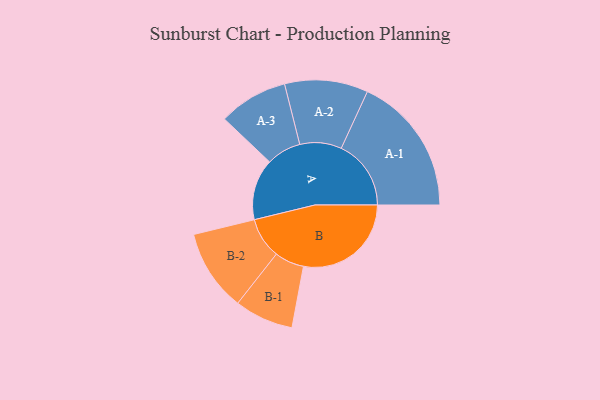
{"axis": {"x": "Segment", "y": "Value"}, "legend": ["", "A", "B"], "data": [{"x": "A", "y": 226, "type": ""}, {"x": "B", "y": 398, "type": ""}, {"x": "A-1", "y": 258, "type": "A"}, {"x": "A-2", "y": 154, "type": "A"}, {"x": "A-3", "y": 128, "type": "A"}, {"x": "B-1", "y": 109, "type": "B"}, {"x": "B-2", "y": 151, "type": "B"}]}